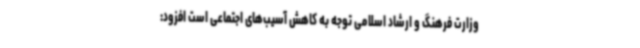
وزارت فرهنگ و ارشاد اسلامی توجه به کاهش آسیب‌های اجتماعی است افزود: